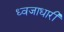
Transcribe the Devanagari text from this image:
ध्‍वजाधारी